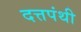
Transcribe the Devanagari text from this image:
दत्तपंथी